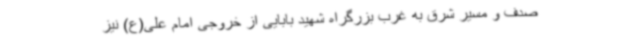
صدف و مسیر شرق به غرب بزرگراه شهید بابایی از خروجی امام علی(ع) نیز